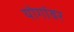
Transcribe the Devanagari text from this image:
योगांवर